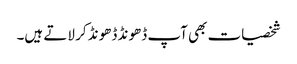
شخصیات بھی آپ ڈھونڈ ڈھونڈ کر لاتے ہیں۔